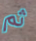
ثم